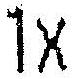
1X